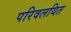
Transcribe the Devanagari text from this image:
परिवलयित